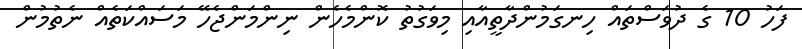
ފަހު 10 ގެ ދުވަސްތައް ހިނގަމުންދާތީއާއި މިވަގުތު ކޮންމެހެން ނިންމަންޖެހޭ މަސައްކަތެއް ނެތުމުން